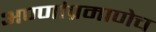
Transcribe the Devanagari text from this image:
अण्णांप्रमाणेच